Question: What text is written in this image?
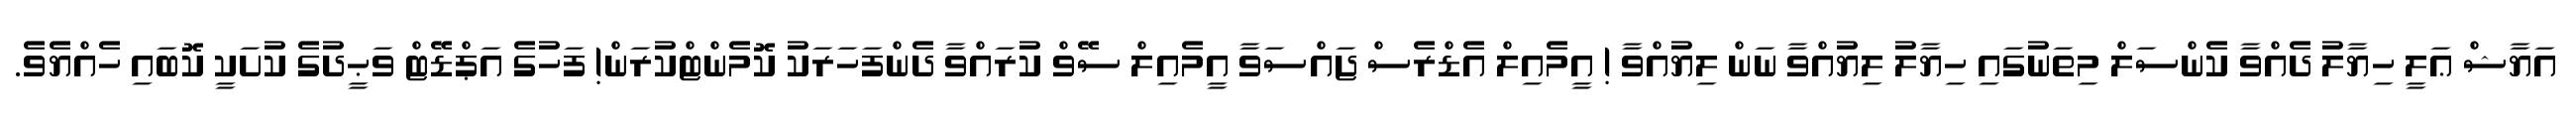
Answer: އަޔާޝް ޢަލީ ހިޔާލު ދެއްވާ ކެންސަލް މިތަނުގައި ހިޔާލު ލިޔުއްވާ ނަން ލިޔުއްވާ ! އީމެއިލް އެޑްރެސް ޖައްސަވާ އީމެއިލް ސޭވް ކުރައްވާ ދެންފަހަރަކު ކޮމެންޓްކުރަން! ފަހުގެ އަޕްޑޭޓް ވަޙީދުގެ ކުށަކީ ކޮބައި ހެއްޔެވެ.